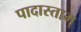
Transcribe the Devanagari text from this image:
पादास्ताम्